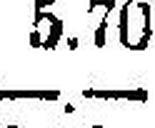
—.—